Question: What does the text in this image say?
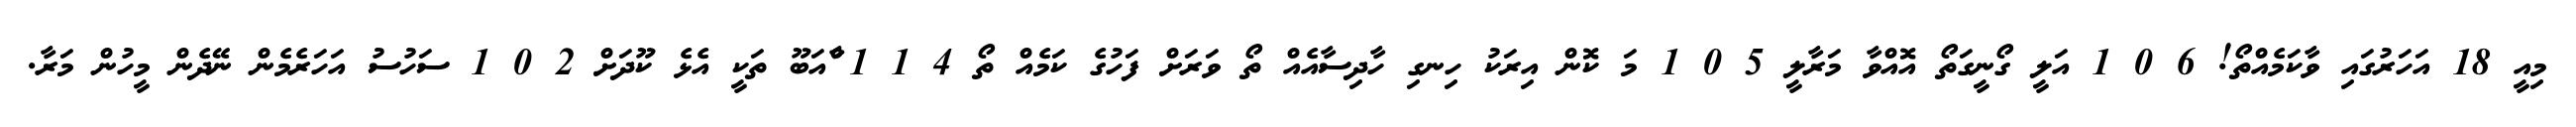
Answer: މިއީ 18 އަހަރުގައި ވާކަމެއްތޯ! 6 0 1 އަލީ ގޯނީގަތޯ އޮއްވާ މަރާލީ 5 0 1 މަ ކޮން އިރަކު ހިނގި ހާދިސާއެއް ތޯ ވަރަށް ފަހުގެ ކަމެއް ތޯ 4 1 1 ާްއަބޫ ތަކީ އެޅެ ކޫދަށް 2 0 1 ސަހުސު އަހަރެމެން ނޭދެން މީހުން މަރާ.